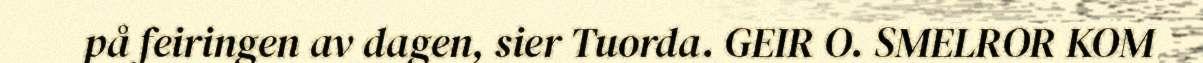
på feiringen av dagen, sier Tuorda. GEIR O. SMELROR KOM